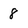
Character: 8